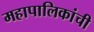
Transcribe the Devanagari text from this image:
महापालिकांची